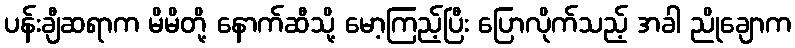
ပန်းချီဆရာက မိမိတို့ နောက်ဆီသို့ မော့ကြည့်ပြီး ပြောလိုက်သည့် အခါ ညိုချောက